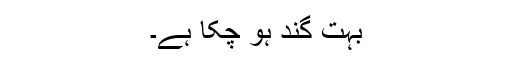
بہت گند ہو چکا ہے۔